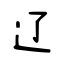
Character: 辽